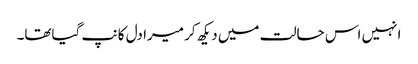
انہیں اس حالت میں دیکھ کر میرا دل کانپ گیاتھا۔